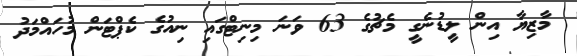
މާޒިޔާ އިން ލީޑުނެގީ މެޗުގެ 63 ވަަނަ މިނިޓްގައި ނިއުގެ ކެޕްޓަން މުހައްމަދު